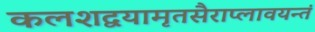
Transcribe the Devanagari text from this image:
कलशद्वयामृतसैराप्लावयन्तं